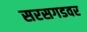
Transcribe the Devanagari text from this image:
सरसगडवर